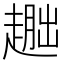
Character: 𬦕